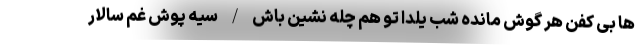
ها بی کفن هر گوش مانده شب یلدا تو هم چله نشین باش / سیه پوش غم سالار